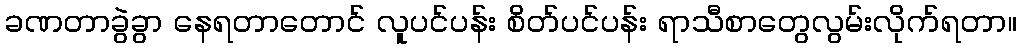
ခဏတာခွဲခွာ နေရတာတောင် လူပင်ပန်း စိတ်ပင်ပန်း ရာသီစာတွေလွမ်းလိုက်ရတာ။